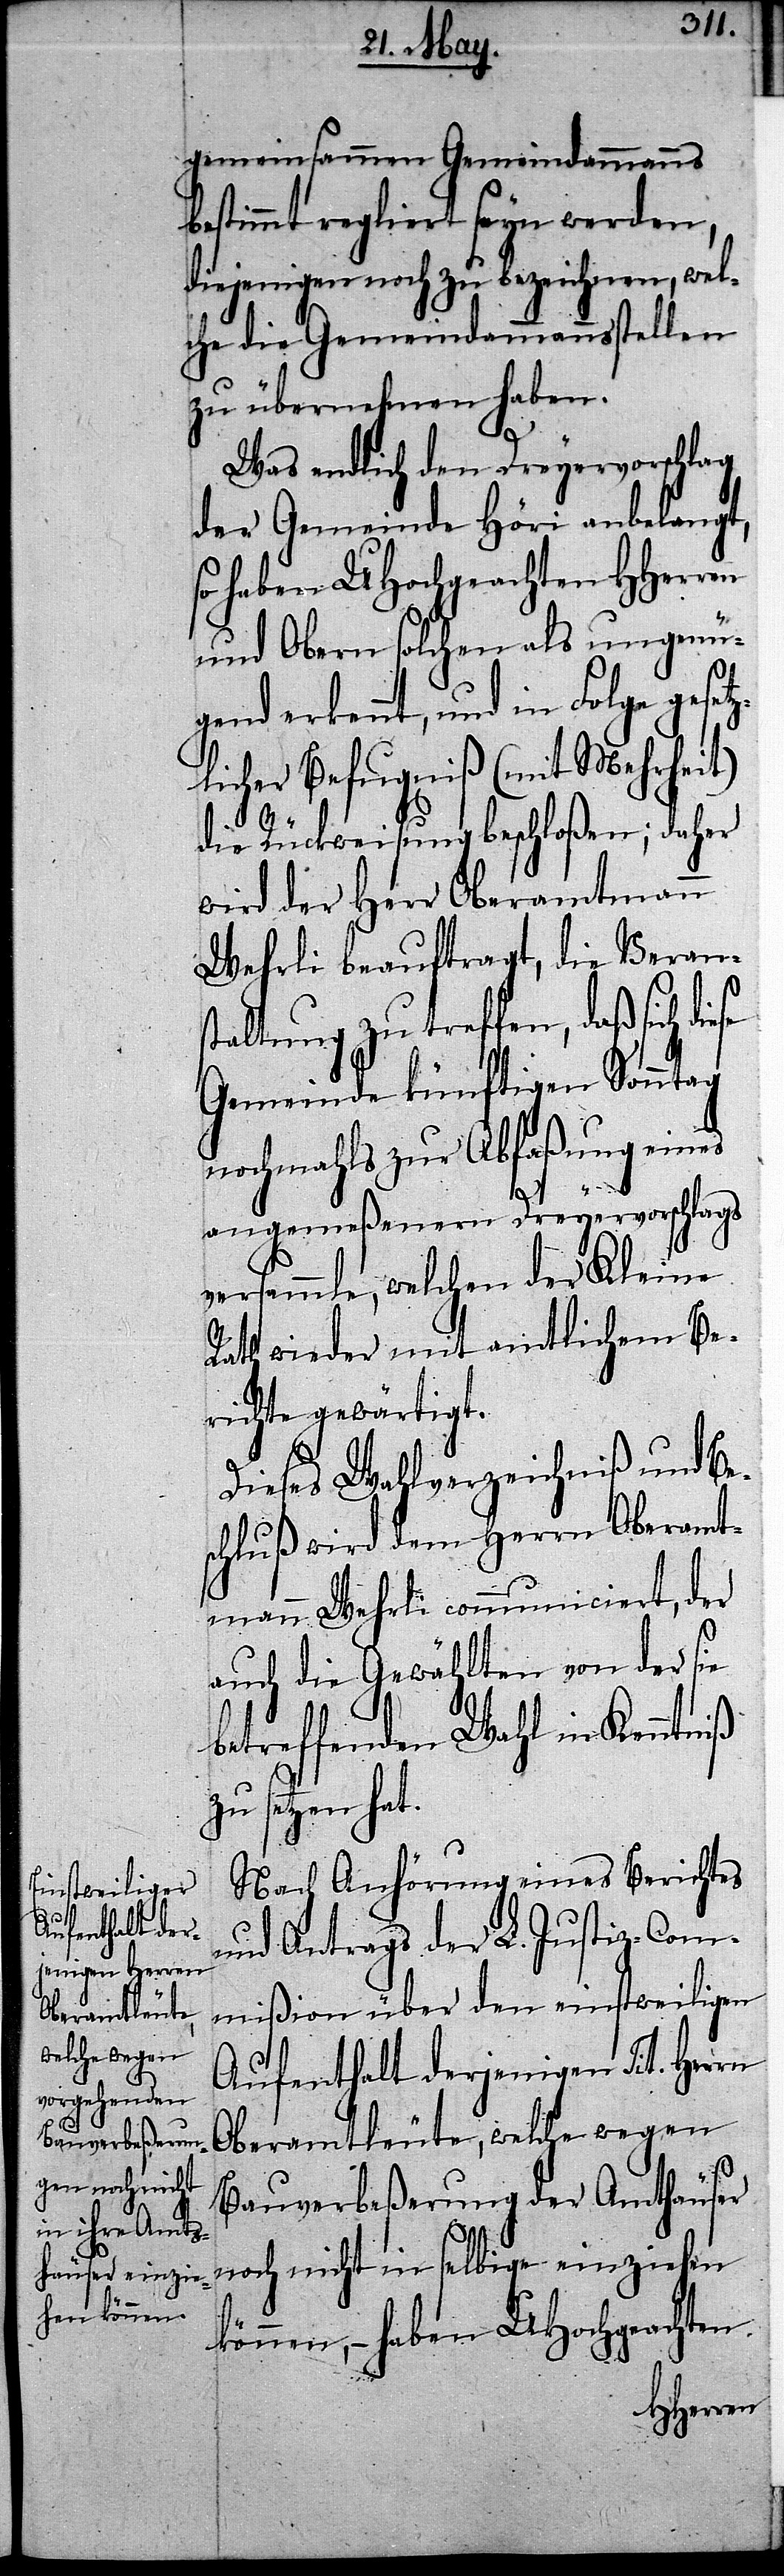
gemeinsammen Gemeindammanns
bestimmt regliert seyn werden,
diejenigen noch zu bezeichnen, wel¬
che die Gemeindammannstellen
zu übernehmen haben.
Was endlich den Dreyervorschlag
der Gemeinde Höri anbelangt,
so haben UHochgeachten HHerren
und Obern solchen als ungenü¬
gend erkennt, und in Folge geset¬
zlicher Befugniß (mit Mehrheit)
die Rückweisung beschloßen; daher
wird der Herr Oberamtmann
Wehrli beauftragt, die Verans¬
taltung zu treffen, daß sich
Gemeinde künftigen Sonntag
nochmahls zur Abfaßung einges
angemeßenen Dreyervorschlags
versammle, welchen der Kleine
Rath wieder mit amtlichen Be¬
richte gewärtigt.
Dieses Wahlverzeichniß und Be¬
schluß wird dem Herrn Oberamt¬
mann Wehrli communiciert, der
auch die Gewählten von der sie
betreffenden Wahl in Kenntniß
zu setzen hat.
Nach Anhörung eines Berichtes
und Antrags der L. Justiz-Com¬
mißion über den einstweiligen
Aufenthalt derjenigen Tit. Herrn
Oberamtleute, welche wegen
Bauverbeßerung der Amthäuser
noch nicht in selbige einziehen
können, – haben UHochgeachten